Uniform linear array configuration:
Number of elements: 12
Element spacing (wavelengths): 0.5
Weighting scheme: hamming
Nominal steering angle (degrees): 0
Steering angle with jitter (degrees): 1.969
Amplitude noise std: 0.05
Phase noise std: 0.05

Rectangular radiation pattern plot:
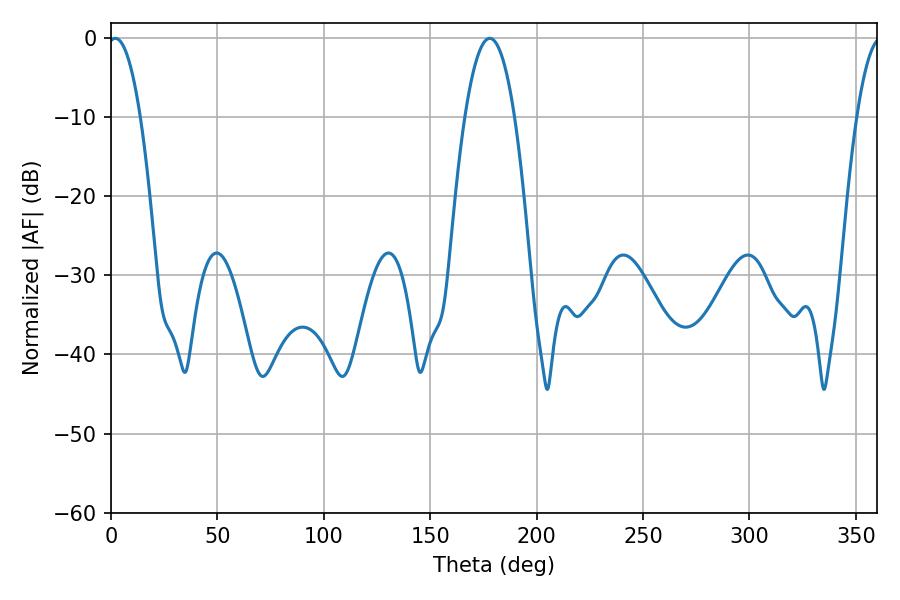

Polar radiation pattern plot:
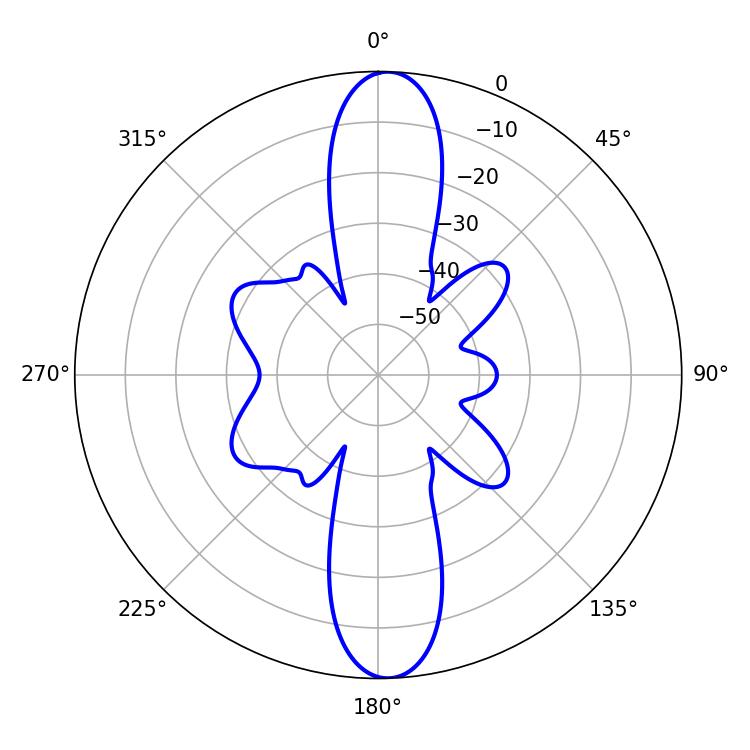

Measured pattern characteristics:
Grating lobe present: FALSE
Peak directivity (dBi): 20.767
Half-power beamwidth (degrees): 8.46
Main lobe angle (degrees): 1.98